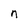
Character: n